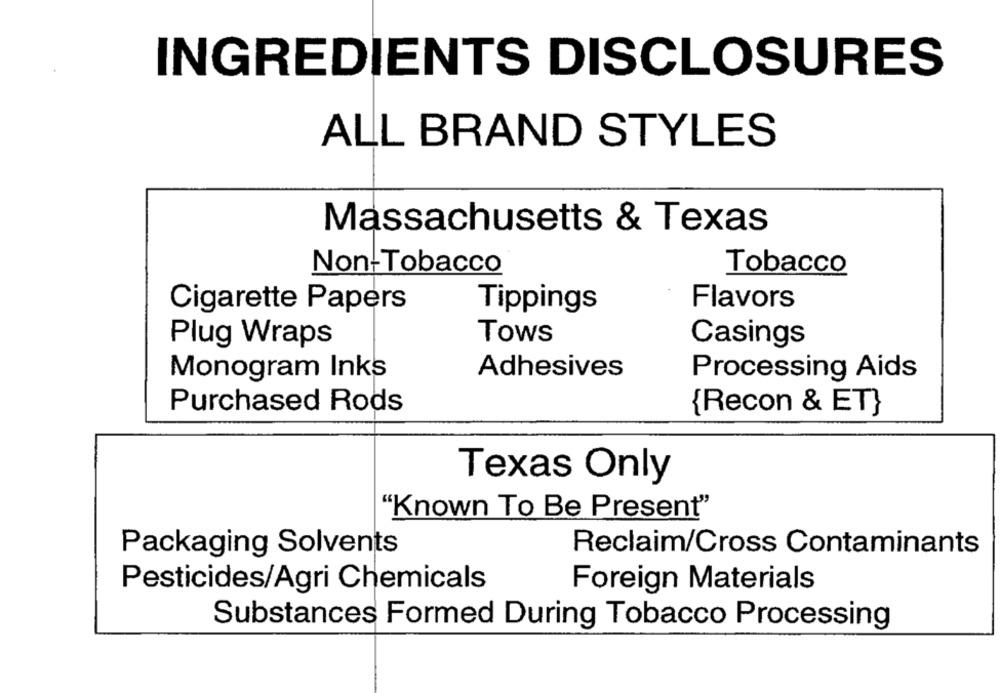
INGREDIENTS DISCLOSURES
ALL BRAND STYLES
Massachusetts & Texas
Non-Tobacco
Tobacco
Flavors
Cigarette Papers
Tippings
Tows
Plug Wraps
Casings
Adhesives
Monogram Inks
Processing Aids
Purchased Rods
{Recon & ET}
Texas Only
"Known To Be Present"
Packaging Solvents
Reclaim/Cross Contaminants
Pesticides/Agri Chemicals
Foreign Materials
Substances Formed During Tobacco Processing